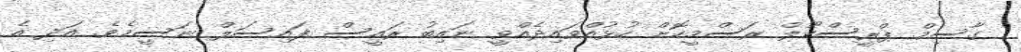
ގާސިމް ޕްރީސްކޫލް ރަސްމީކޮށް ހުޅުއްވައިދެއްވީ ނައިބު ރައީސް ފައިސަލް ނަސީމެވެ. އަދި އެ